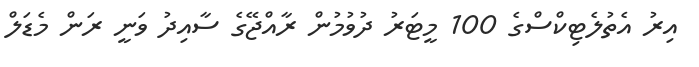
އިރު އެތުލެޓިކްސްގެ 100 މީޓަރު ދުވުމުން ރާއްޖޭގެ ސާއިދު ވަނީ ރަން މެޑަލް